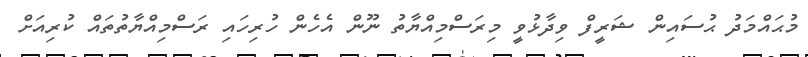
މުޙައްމަދު ޙުސައިން ޝަރީފް ވިދާޅުވީ މިރަސްމިއްޔާތު ނޫން އެހެން ހުރިހައި ރަސްމިއްޔާތުތައް ކުރިއަށް